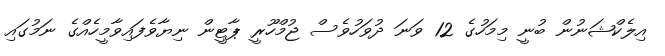
އިލެކްޝަނުން ބުނީ މިމަހުގެ 12 ވަނަ ދުވަހުވެސް ޖުމްހޫރީ ޕާޓީން ނިޔާވެފައިވާމީހެއްގެ ނަމުގައި